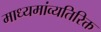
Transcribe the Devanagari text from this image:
माध्यमांव्यतिरिक्त